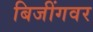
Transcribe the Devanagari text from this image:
बिजींगवर